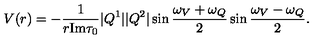
V ( r ) = - \frac { 1 } { r \mathrm { I m } \tau _ { 0 } } | Q ^ { 1 } | | Q ^ { 2 } | \sin \frac { \omega _ { V } + \omega _ { Q } } { 2 } \sin \frac { \omega _ { V } - \omega _ { Q } } { 2 } .